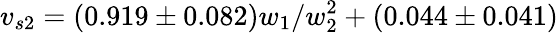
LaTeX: v_{s2}=(0.919\pm 0.082)w_{1}/w_{2}^{2}+(0.044\pm 0.041)